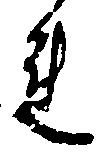
れ